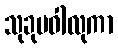
သုခုမဝါလုကာ